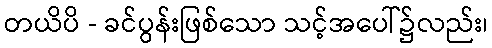
တယိပိ - ခင်ပွန်းဖြစ်သော သင့်အပေါ်၌လည်း၊